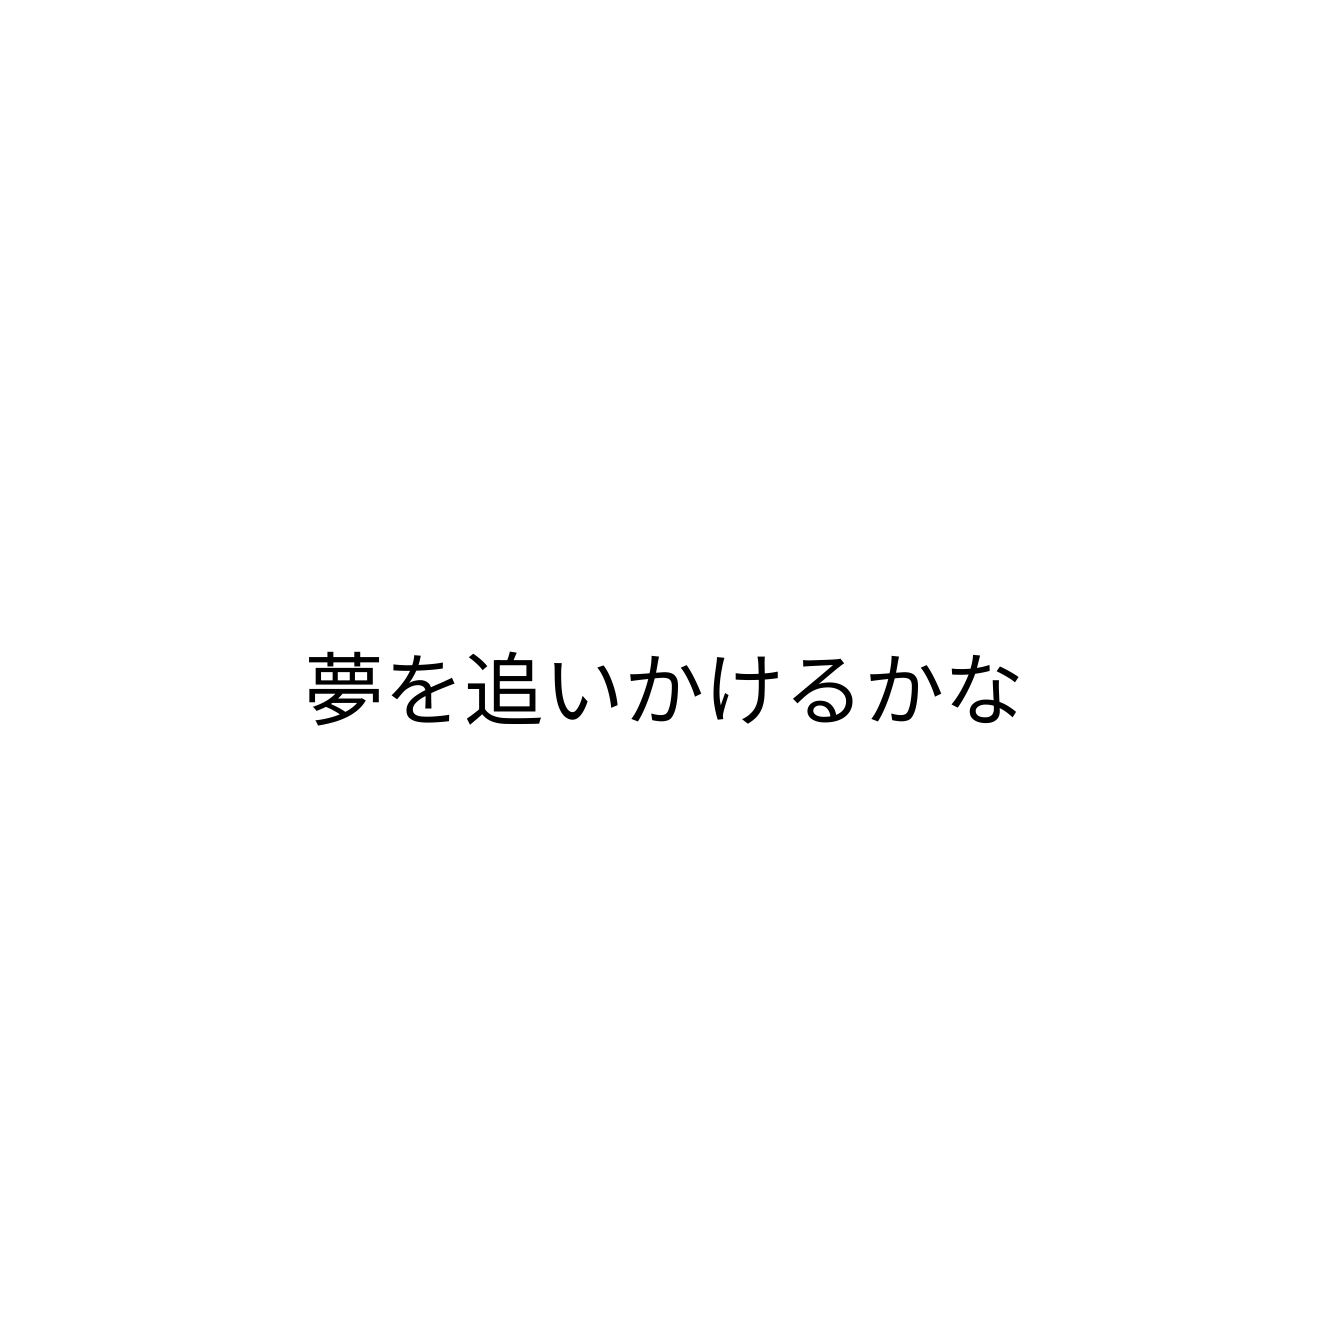
夢を追いかけるかな